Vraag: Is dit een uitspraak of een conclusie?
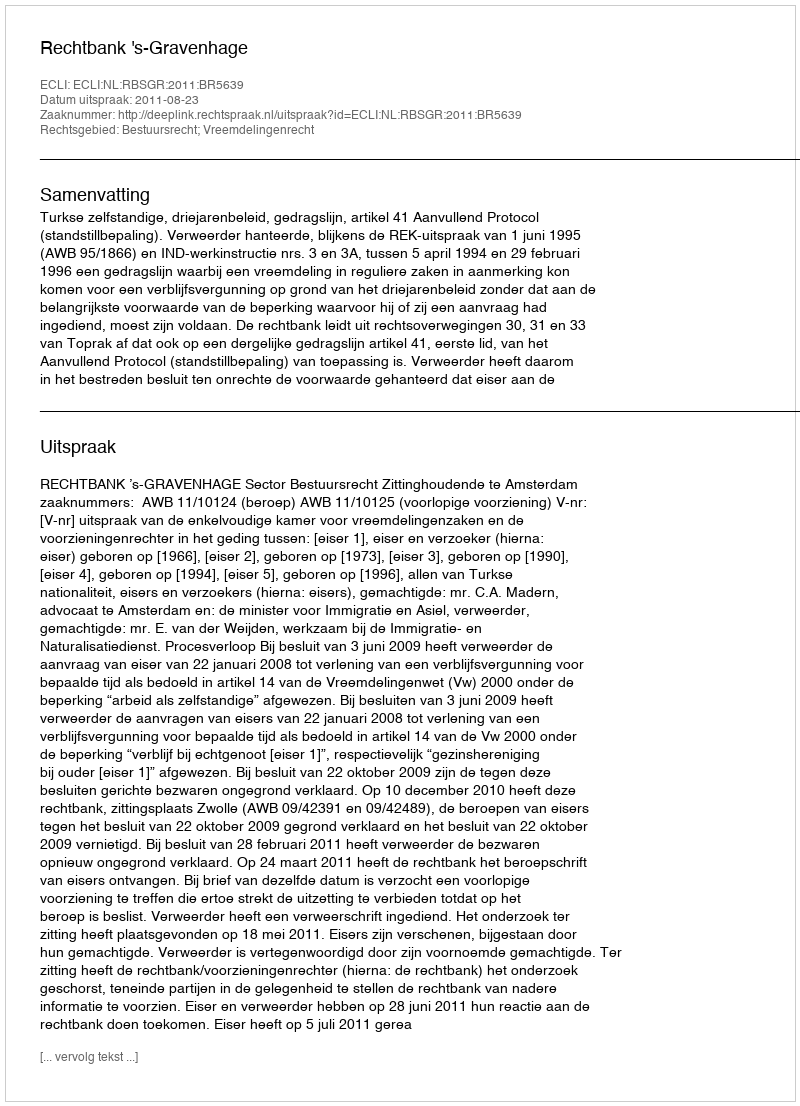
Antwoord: Uitspraak